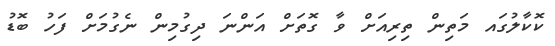
ކޮކާލުގައ މަތިން ތިރިއަށް ވާ ގޮތަށް އަންނަ ދިގުމިން ނެގުމަށް ފަހު ބޮޑު